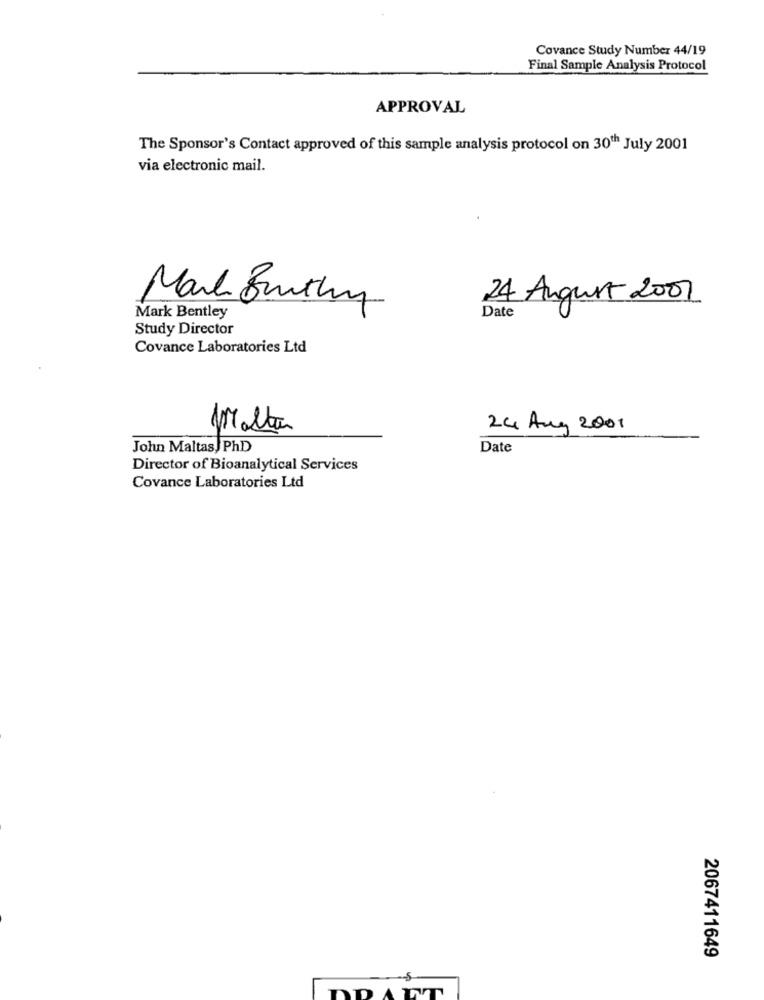
Covance Study Number 44/19
Final Sample Analysis Protocol
APPROVAL
The Sponsor's Contact approved of this sample analysis protocol on 30th July 2001
via electronic mail.
24 August 2007
Mark Buuthy
Mark Bentley
Date
Study Director
Covance Laboratories Ltd
1Malta
24 Aug 2001
John Maltas, PhD
Date
Director of Bioanalytical Services
Covance Laboratories Ltd
2067411649